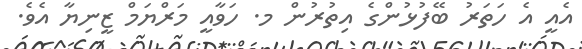
އެއީ އެ ހަތަރު ބޭފުޅުންގެ އިތުރުން މ. ހަވާއީ މަރްޔަމް ޒީނިޔާ އެވެ.